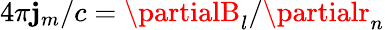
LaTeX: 4\pi\mathbf{j}_{m}/c=\partialB_{l}/\partialr_{n}